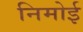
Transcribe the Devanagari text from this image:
निमोई